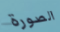
الصورة